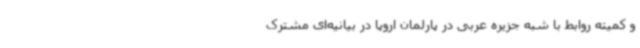
و کمیته روابط با شبه جزیره عربی در پارلمان اروپا در بیانیه‌ای مشترک